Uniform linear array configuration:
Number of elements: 24
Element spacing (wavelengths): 0.5
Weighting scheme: uniform
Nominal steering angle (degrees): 0
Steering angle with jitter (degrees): -1.253
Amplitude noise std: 0.05
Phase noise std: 0.05

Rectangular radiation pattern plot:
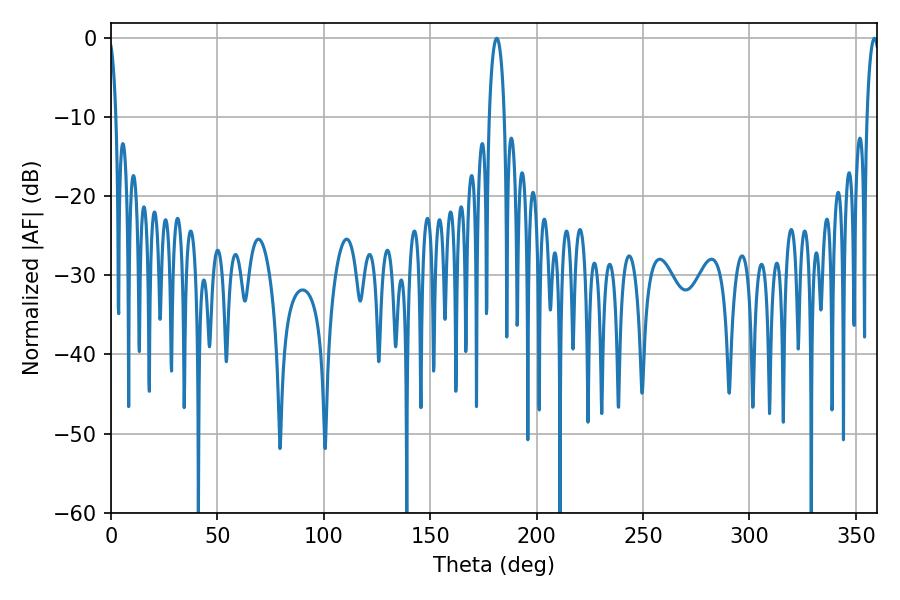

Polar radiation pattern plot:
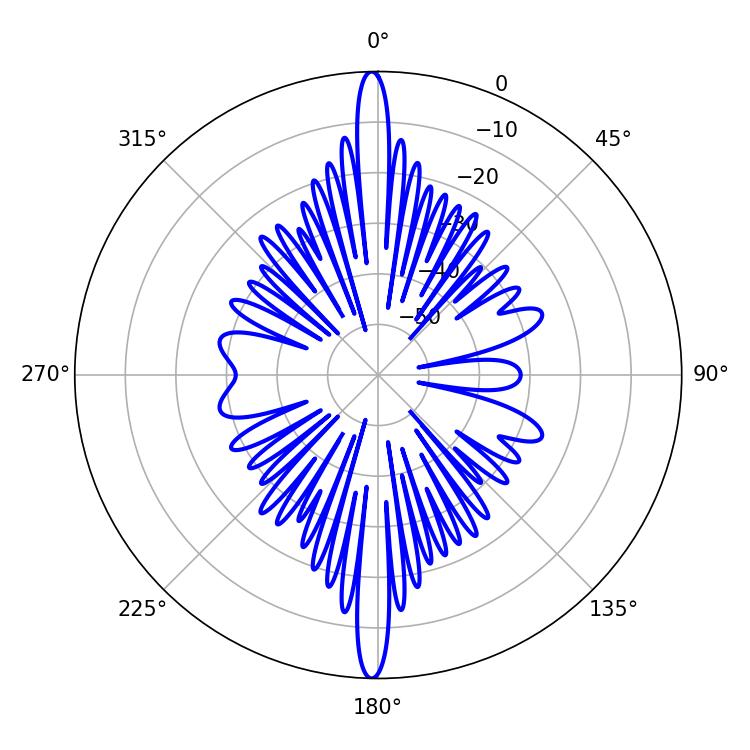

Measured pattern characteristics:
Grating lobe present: FALSE
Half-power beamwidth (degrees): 3.96
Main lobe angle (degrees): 181.26